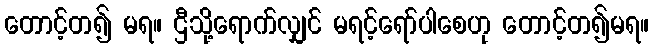
တောင့်တ၍ မရ။ ဌီသို့ရောက်လျှင် မရင့်ရော်ပါစေဟု တောင့်တ၍မရ။